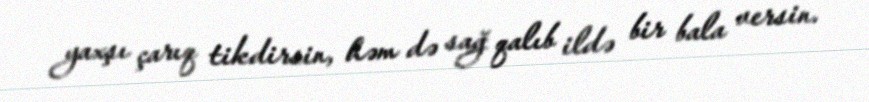
yaxşı çarıq tikdirsin, həm də sağ qalıb ildə bir bala versin.